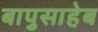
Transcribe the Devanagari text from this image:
बापुसाहेब